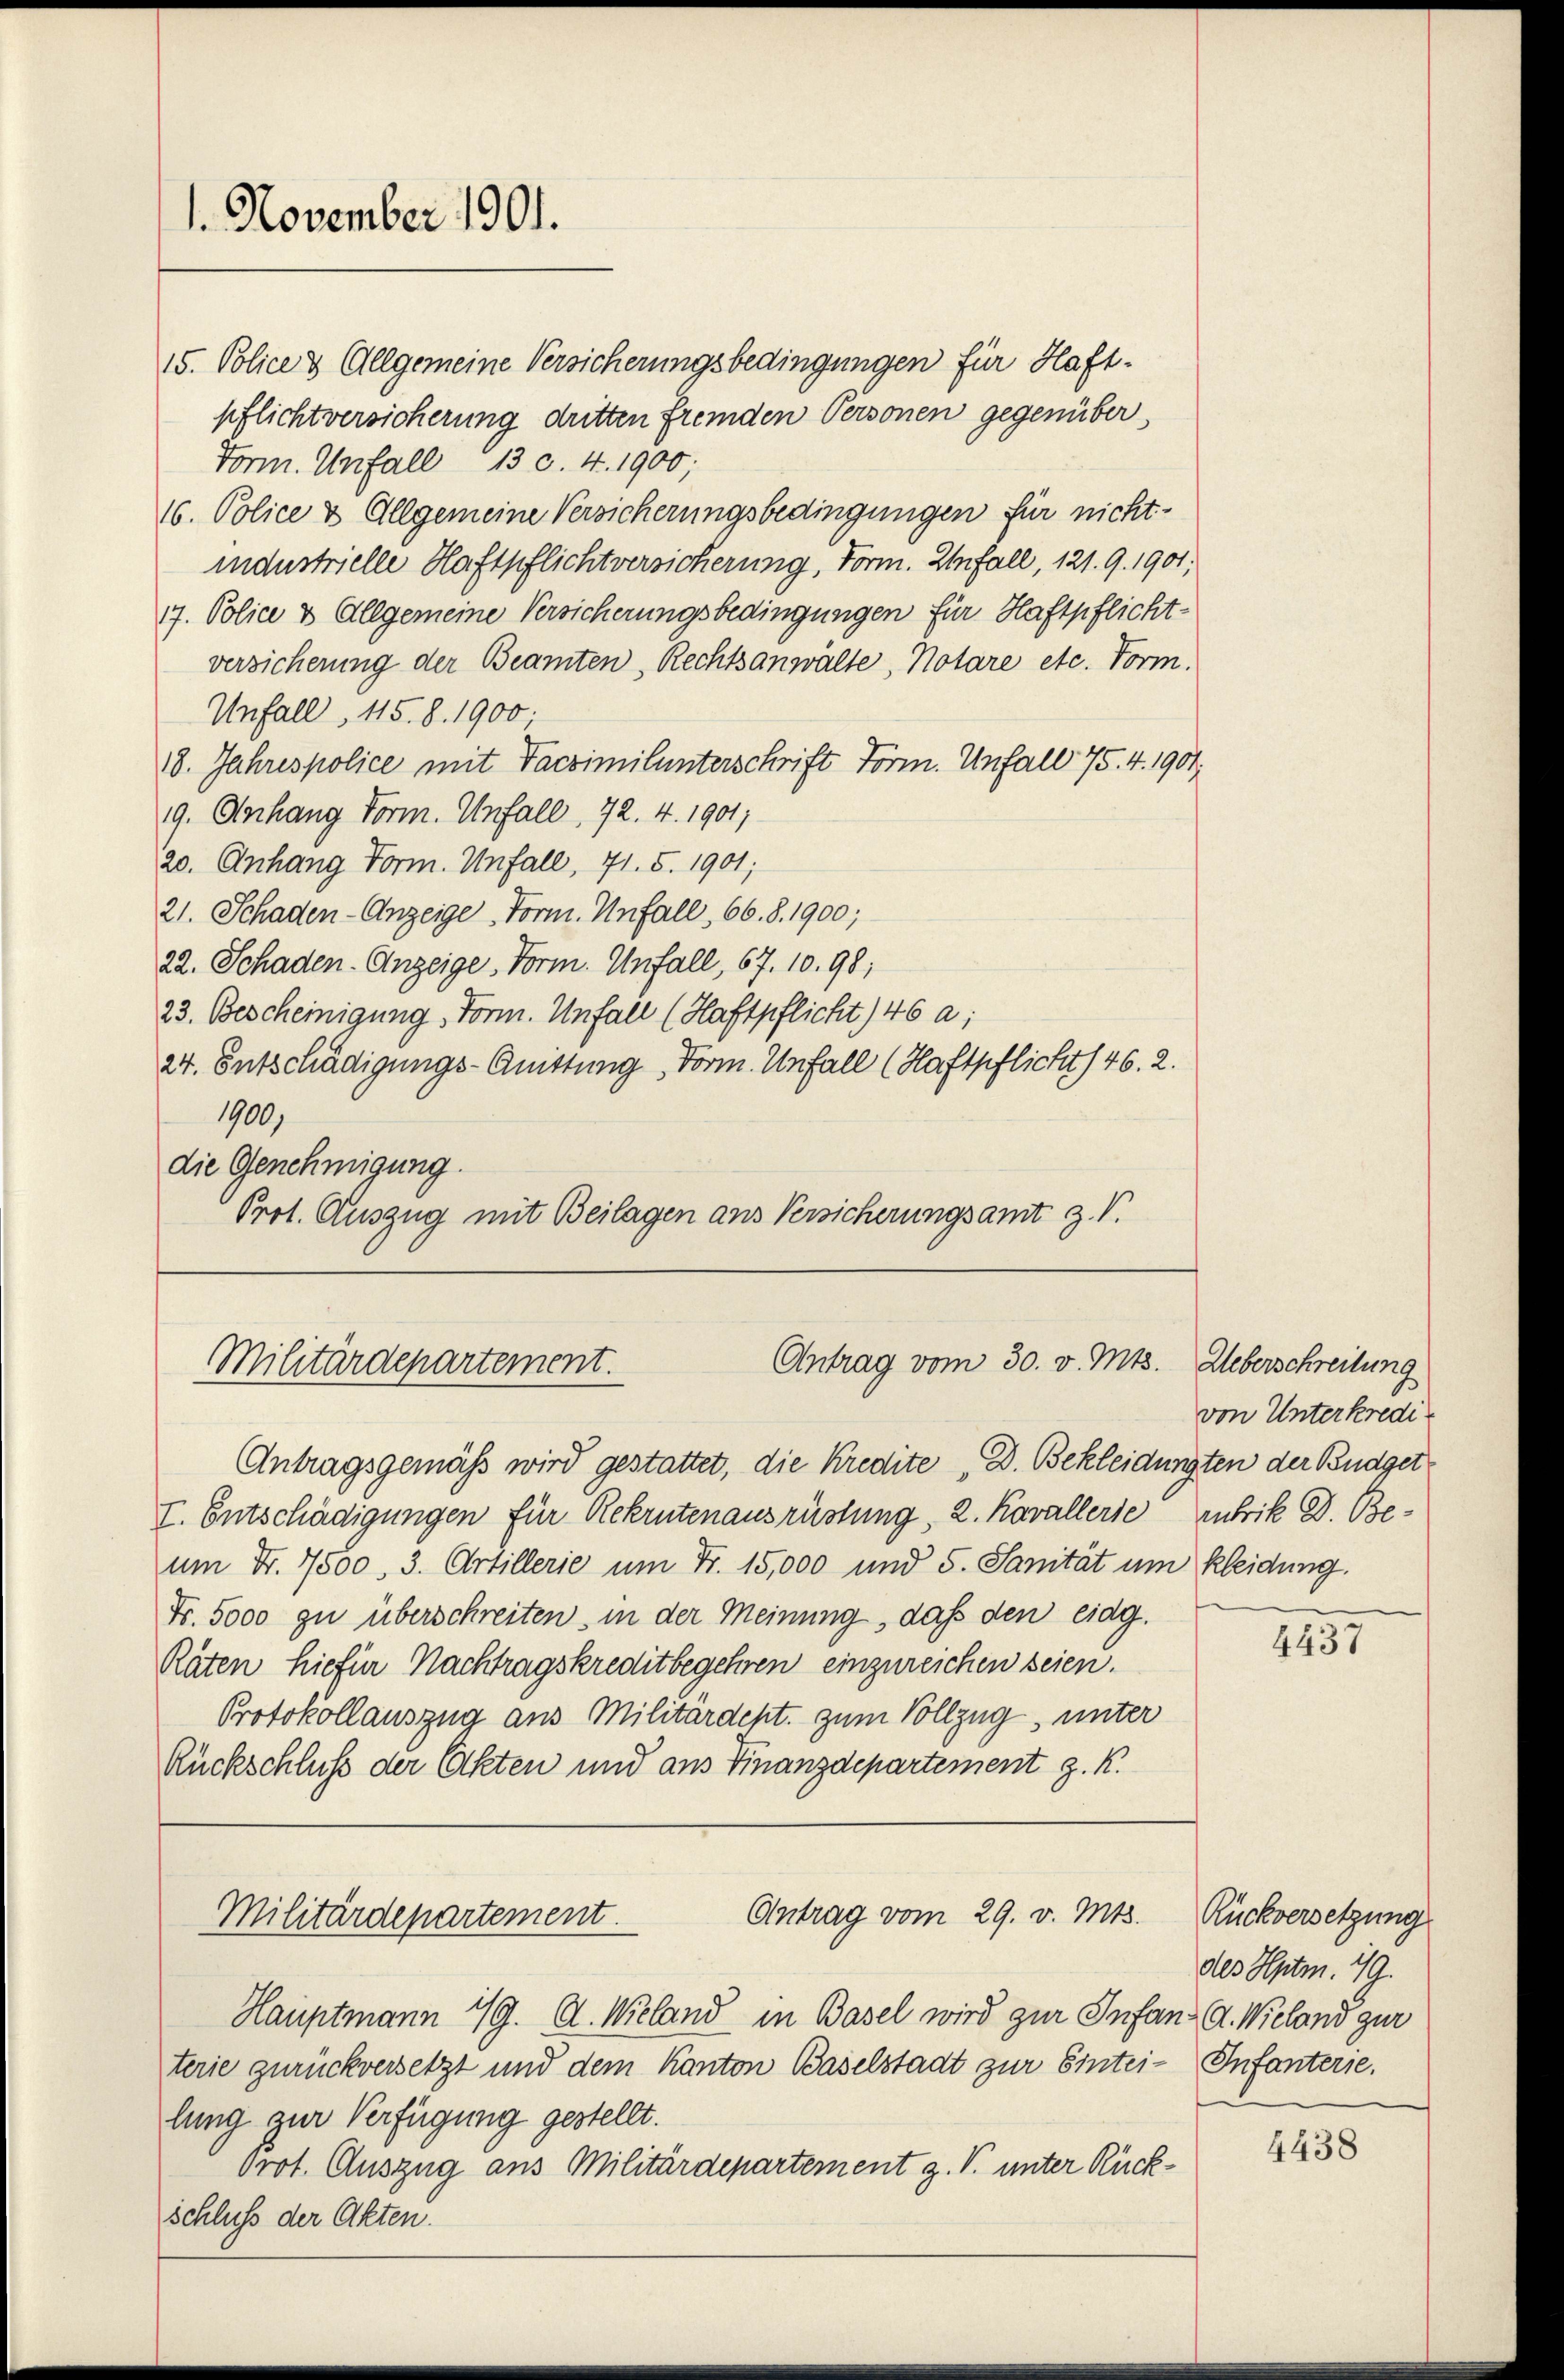
1. November 1901.

15. Police & Allgemeine Versicherungsbedingungen für Haft-
pflichtversicherung dritten fremden Personen gegenüber,
Form. Unfall 13 v. 4. 1900;
16. Police & Allgemeine Versicherungsbedingungen für nichtindustrielle Haftpflichtversicherung, Form. Unfall, 121. 9. 1901,
17. Police & Allgemeine Versicherungsbedingungen für Haftpflicht-
versicherung der Beamten, Rechtsanwälte, Notare etc. Form.
Unfall, 15. 8. 1900.
18. Jahrespolice mit Faczimitunterschrift Form. Unfall 75. 4. 1901.
9. Anhang Form. Unfall, 72. 4. 1901;
20. Anhang Form. Unfall, 71. 5. 1901;
21. Schaden-Anzeige Form. Unfall, 66. 8. 1900;
22. Schaden. Anzeige, Vorm. Unfall, 67. 10.98;
23. Bescheinigung, Form. Unfall (Haftpflicht146 a;
24. Entschädigungs-Quittung Vorm. Unfall (Haftpflicht / 46. 2.
1900,
die Genehmigung.
Prot. Auszug mit Beilagen aus Versicherungsamt z. V.

Antrag vom 30. v. Mts. Ueberschreibung
Militärdepartement.

Antragsgemäß wird gestattet, die Kredite „D. Bekleidungten der Budget
v. Entschädigungen für Rekrutenausrüstung, 2. Kavallerie Rubrik D. Beum Fr. 7500, 3. Artillerie um Fr. 15,000 und 5. Sanität um kleidung.
Fr. 5000 zu überschreiten, in der Meinung, daß den eidg.
Räten hiefür Nachtragskreditbegehren einzureichen seien.
Protokollauszug aus Militärdept. zum Vollzug, unter
Rückschluß der Akten und aus Finanzdepartement z. K.

Antrag vom 29. v. Mts.
Militärdepartement.

Hauptmann 19. d. Wieland in Basel wird zur Infang d. Wieland zur
terie zurückversetzt und dem Kanton Baselstadt zur Eintei-Infanterie.
lung zur Verfügung gestellt.
Prot. Auszug aus Militärdepartement z. V. unter Rückschluss der Akten.

von Unterkredi¬

4457

Rückversetzung
des Hptm. 79.

4438